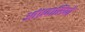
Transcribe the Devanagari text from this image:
आंध्रवासियों